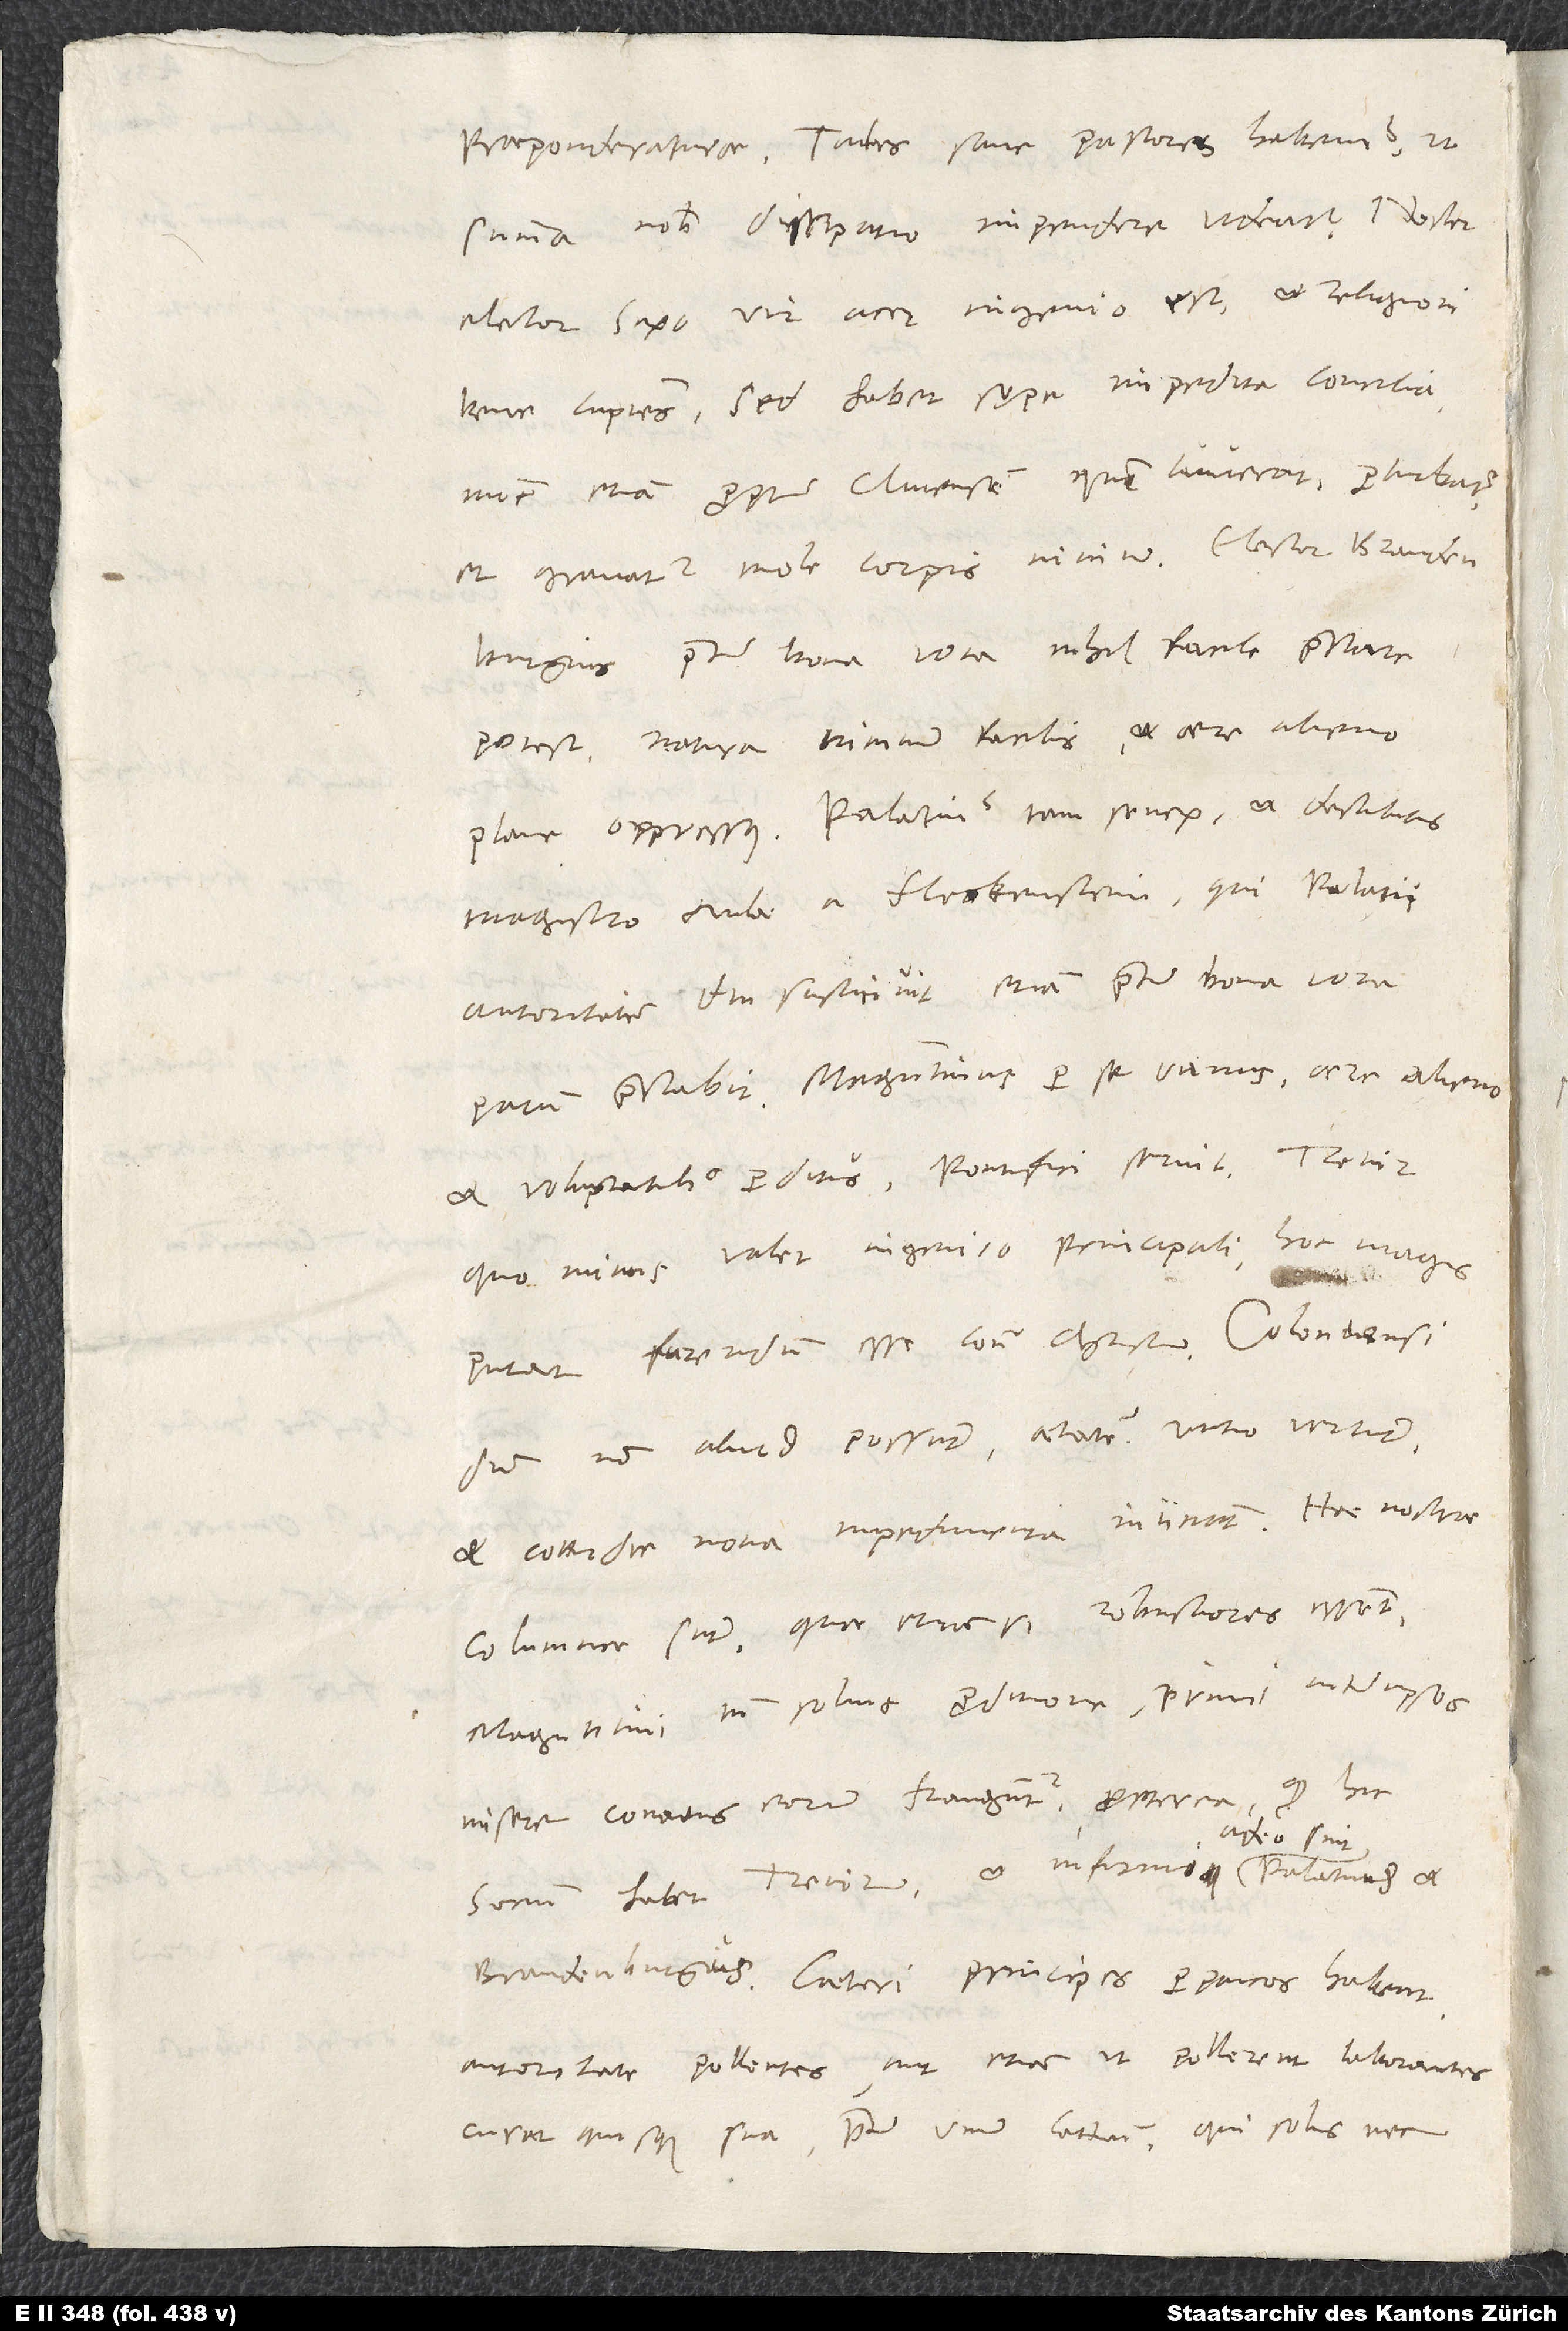
praeponderaturae. Tales sane pastores habemus, ut
summa nobis dissipatio impendere videatur. Noster
elector Saxo vir acer ingenio est et religioni
bene cupiens, sed habet sępe impedita consilia;
nunc etiam propter Clivensem, quem iuverat, prohibetur,
et gravatur mole corporis nimium. Elector Brandenburgius
praeter bona vota nihil facile praestare
potest natura nimium facilis et aere alieno
plane oppressus. Palatinus iam senex et destitutus
magistro aulae a Fleckenstein, qui palatii
autoritatem diu sustinuit, etiam praeter bona vota
parum praestabit. Maguntinus per se vanus, aere alieno
et voluptatibus perditus, pontifici servit. Trevir,
quo minus valet ingenio principali, hoc magis
putat furendum esse contra Christum. Coloniensi,
dum non aliud possunt, aetatem vitio vertunt
et cottidie nova impedimenta iniiciunt. Hae nostrae
columnae sunt, quae etiamsi robustiores essent,
Maguntini tamen solius proditione, primi inter ipsos,
misere conatus eorum franguntur propterea, quod hic
Brandenburgius. Caeteri principes perpaucos habent
autoritate pollentes aut etiam, ut pollerent, laborantes;
curat quisque sua praeter unum Cattum, qui solus nec